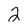
Character: 2